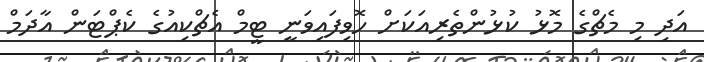
އަދި މި މެޗްގެ މޮޅު ކުޅުންތެރިއަކަށް ހޮވިފައިވަނީ ޓީމް އެޗްކިއުގެ ކެޕްޓަން އާދަމް